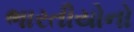
ભારતીયોનો